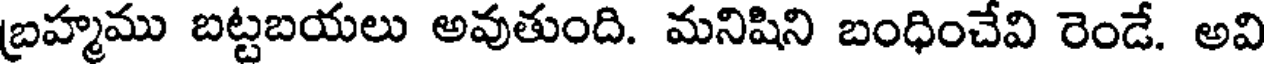
బ్రహ్మము బట్టబయలు అవుతుంది. మనిషిని బంధించేవి రెండే. అవి